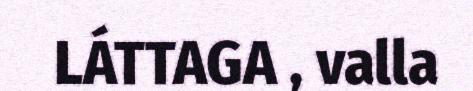
LÁTTAGA , valla